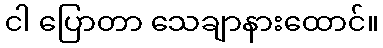
ငါ ပြောတာ သေချာနားထောင်။